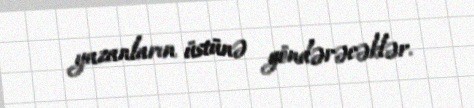
yazanların üstünə göndərəcəklər.